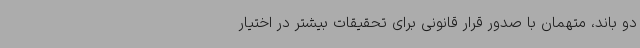
دو باند، متهمان با صدور قرار قانونی برای تحقیقات بیشتر در اختیار